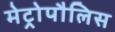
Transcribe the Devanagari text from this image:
मेट्रोपौलिस